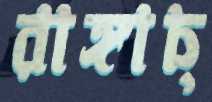
রাঙ্গাচ্